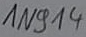
Text: 1N914